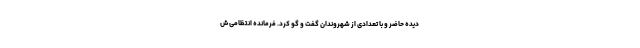
دیده حاضر و با تعدادی از شهروندان گفت و گو کرد. فرمانده انتظامی ش